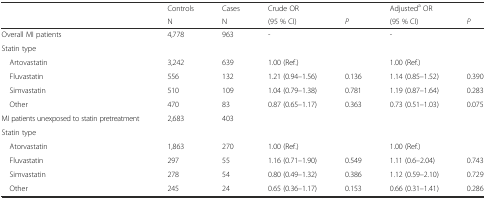
<table><thead><tr><td></td><td><b>Controls</b></td><td><b>Cases</b></td><td><b>Crude OR</b></td><td></td><td><b>Adjusted<sup>a</sup> OR</b></td><td></td></tr><tr><td></td><td><b>N</b></td><td><b>N</b></td><td><b>(95 % CI)</b></td><td><b><i>P</i></b></td><td><b>(95 % CI)</b></td><td><b><i>P</i></b></td></tr></thead><tbody><tr><td>Overall MI patients</td><td>4,778</td><td>963</td><td>-</td><td></td><td>-</td><td></td></tr><tr><td colspan="7">Statin type</td></tr><tr><td> Artovastatin</td><td>3,242</td><td>639</td><td>1.00 (Ref.)</td><td></td><td>1.00 (Ref.)</td><td></td></tr><tr><td> Fluvastatin</td><td>556</td><td>132</td><td>1.21 (0.94–1.56)</td><td>0.136</td><td>1.14 (0.85–1.52)</td><td>0.390</td></tr><tr><td> Simvastatin</td><td>510</td><td>109</td><td>1.04 (0.79–1.38)</td><td>0.781</td><td>1.19 (0.87–1.64)</td><td>0.283</td></tr><tr><td> Other</td><td>470</td><td>83</td><td>0.87 (0.65–1.17)</td><td>0.363</td><td>0.73 (0.51–1.03)</td><td>0.075</td></tr><tr><td>MI patients unexposed to statin pretreatment</td><td>2,683</td><td>403</td><td></td><td></td><td></td><td></td></tr><tr><td colspan="7">Statin type</td></tr><tr><td> Atorvastatin</td><td>1,863</td><td>270</td><td>1.00 (Ref.)</td><td></td><td>1.00 (Ref.)</td><td></td></tr><tr><td> Fluvastatin</td><td>297</td><td>55</td><td>1.16 (0.71–1.90)</td><td>0.549</td><td>1.11 (0.6–2.04)</td><td>0.743</td></tr><tr><td> Simvastatin</td><td>278</td><td>54</td><td>0.80 (0.49–1.32)</td><td>0.386</td><td>1.12 (0.59–2.10)</td><td>0.729</td></tr><tr><td> Other</td><td>245</td><td>24</td><td>0.65 (0.36–1.17)</td><td>0.153</td><td>0.66 (0.31–1.41)</td><td>0.286</td></tr></tbody></table>